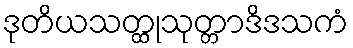
ဒုတိယသတ္ထုသုတ္တာဒိဒသကံ